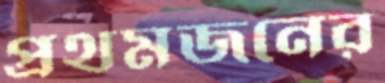
প্রথমজনের